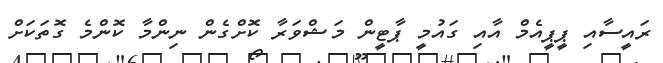
ރައީސާއި ޕީޕީއެމް އާއި ގައުމީ ޕާޓީން މަޝްވަރާ ކޮށްގެން ނިންމާ ކޮންމެ ގޮތަކަށް